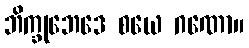
ဘိက္ခုဘေဒေ စယေ ဂဏော။